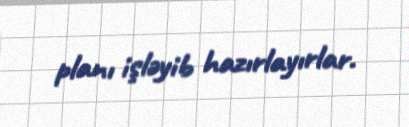
planı işləyib hazırlayırlar.